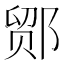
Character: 𬪍